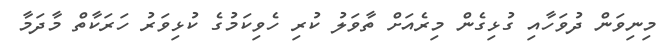
މިނިވަން ދުވަހާއި ގުޅިގެން މިރެއަށް ތާވަލު ކުރި ހެވިކަމުގެ ކުޅިވަރު ހަރަކާތް މާދަމާ